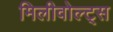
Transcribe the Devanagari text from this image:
मिलीवोल्ट्स